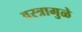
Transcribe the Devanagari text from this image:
वस्त्रामुळे